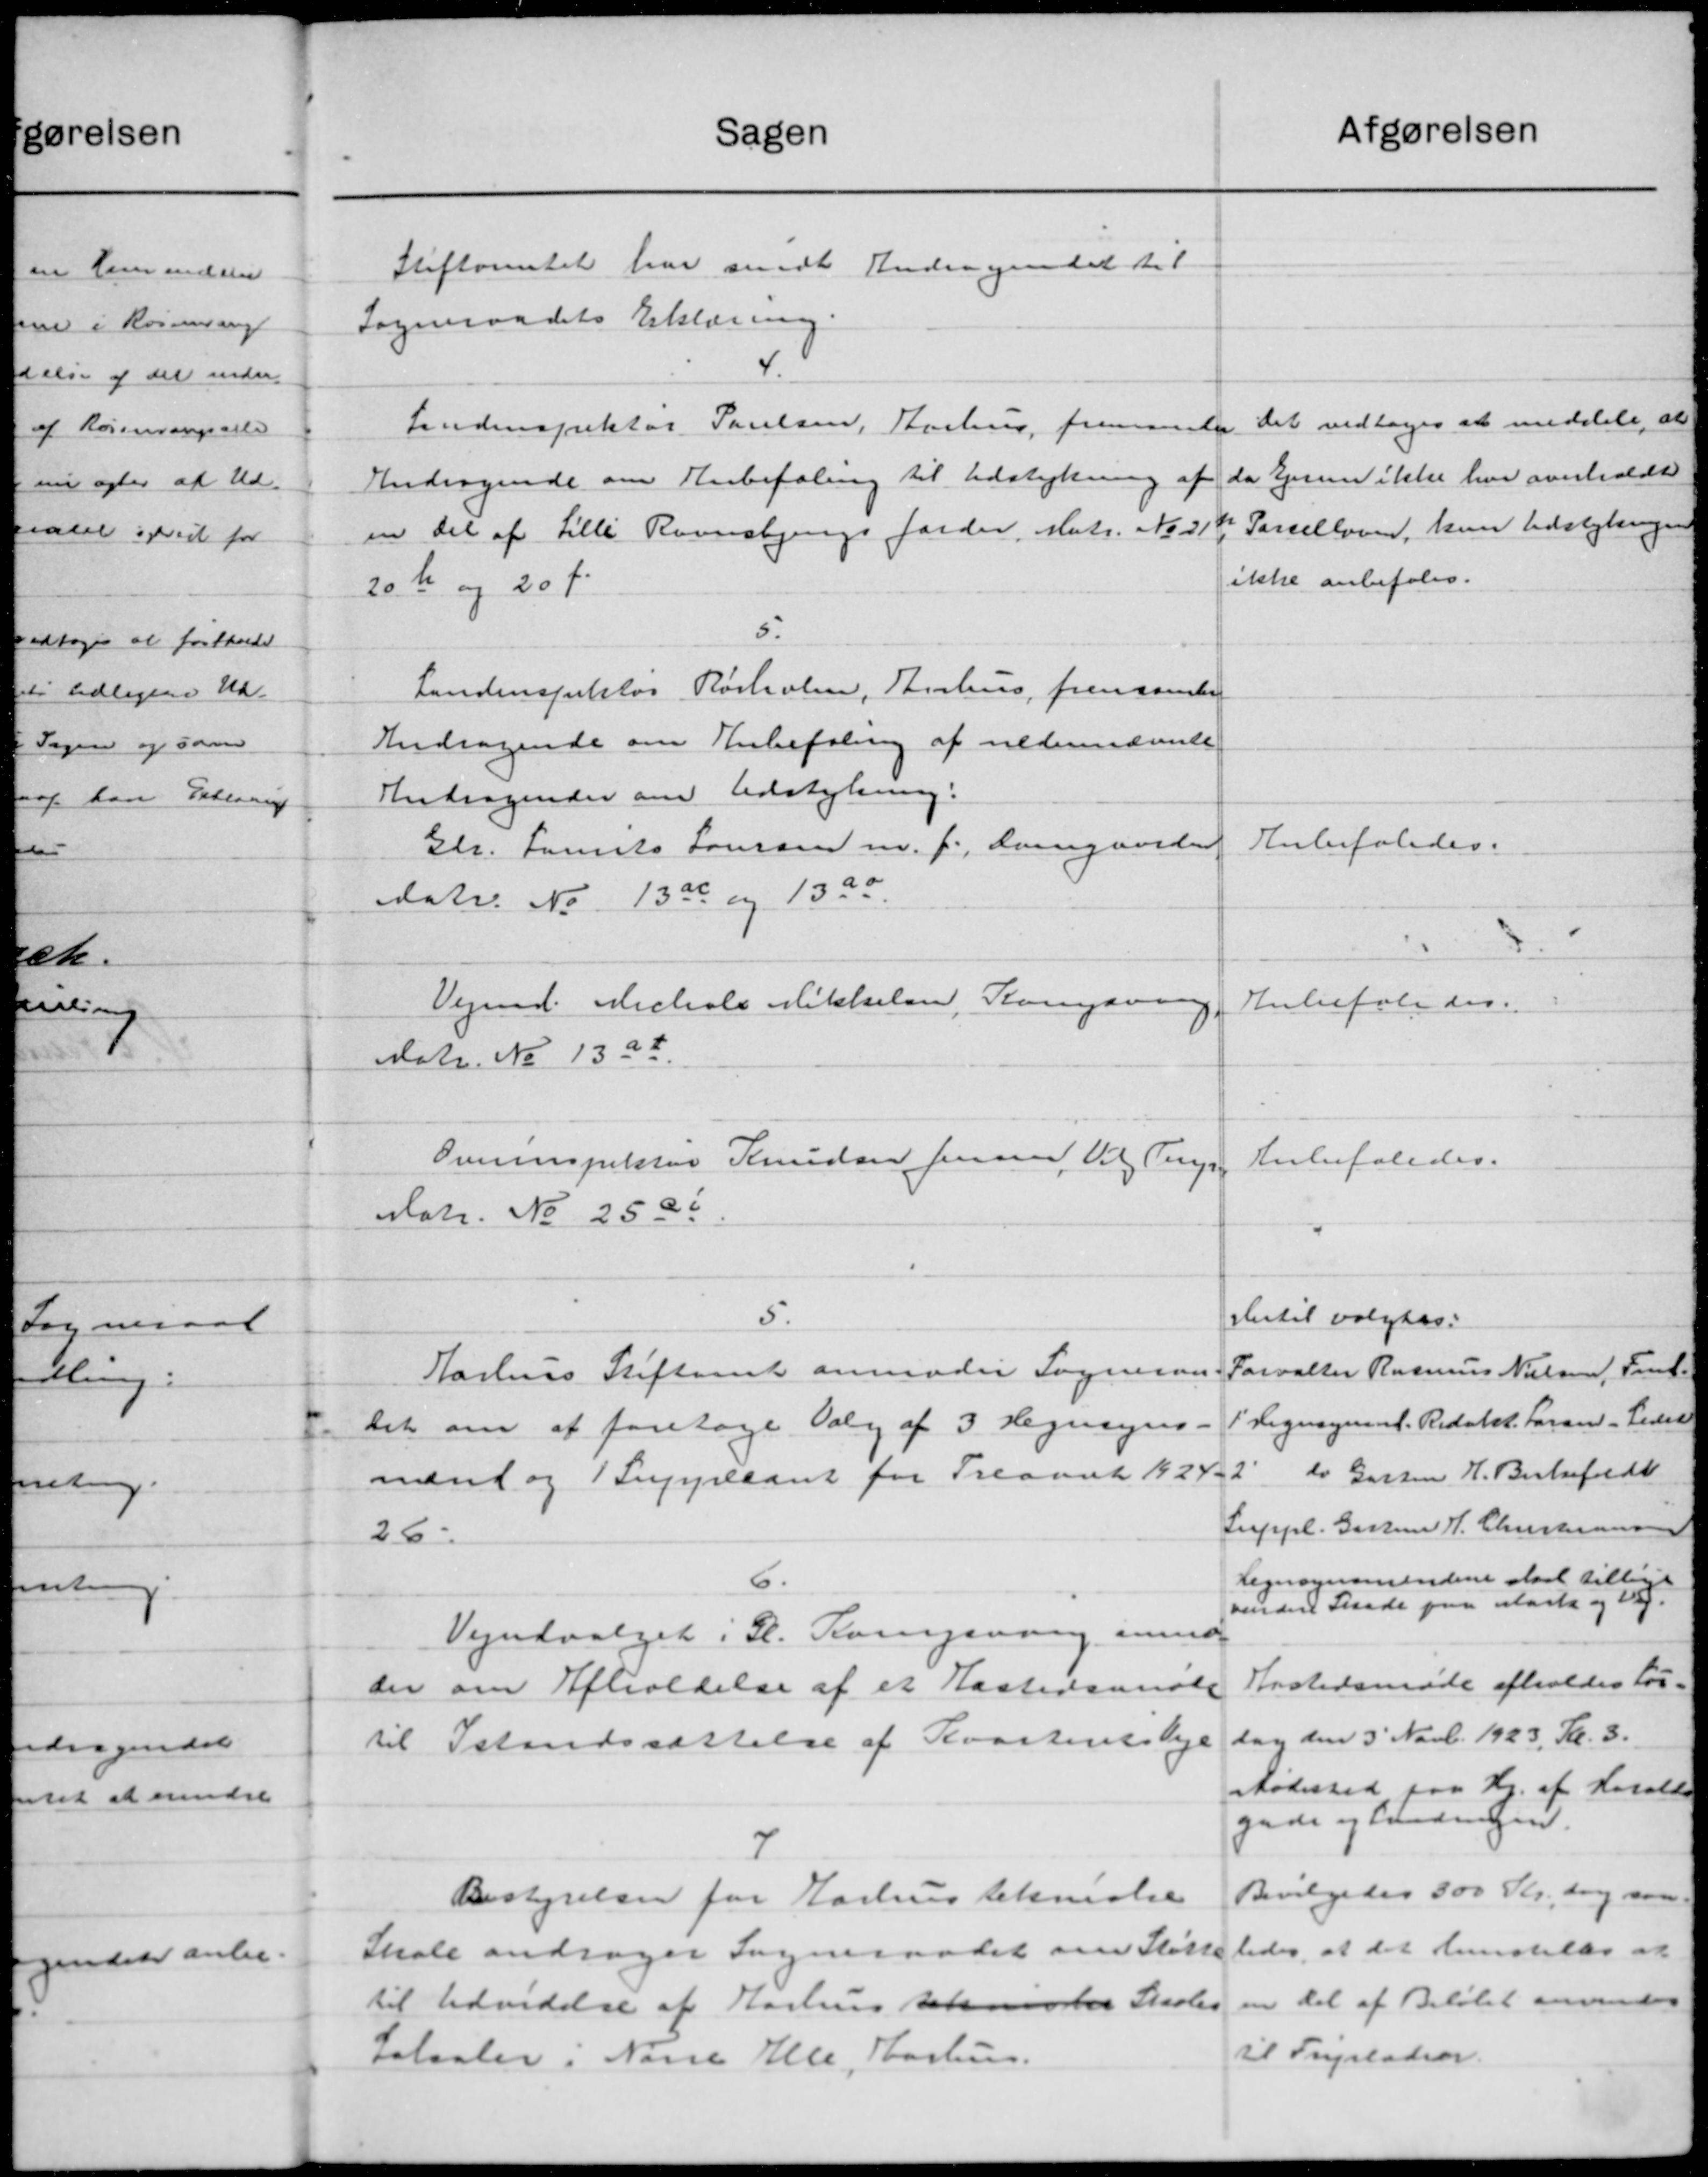
Transskription:
Sagen
Stiftamtet har sendt Andragendet til
Sogneraadets Erklæring.
4.
Landinspektør Poulsen, Aarhus fremsender
Andragende om Anbefaling til Udstykning af
en Del af Lilli Ravnsbjergs Jorder, Matr. No 318.
20 Kr. og 20 f.
5.
Landinspektør Rørholm, Aarhus, fremsante
Andragende om Anbefaling af nedennævnte
Andragender om Udstykning.
Gdr. Laurits Laursen m. f. Damgaarden
Matr. Nr. 13a og 1920.
Vejmd. Michole Mikkelsen, Komgaaen
Matr. No 13 at
Overinspektør Knudsen Jensen Vil Terp
Matr. No 2500
5.
Aarhus Stiftamt anmoder Sogneraa
Det om at foretage Valg af 3 Hegnsyns
mænd og 1 Suppleant for Treaaret 1924.
26.
6.
Vejudvalget i H. Korsvang anmod
der om Afholdelse af et Kastersonale
til Istandssættelse af Kvartensle
7
Bestyrelsen for Aarhus tekniske
Skole andrager Sogneraadet om Støtte
til Udvidelse af Aarhus teknisker Skoles
fotaaleri Nasse Alle, Aarhus.